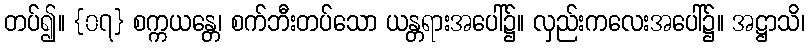
တပ်၍။ {၀၇} စက္ကယန္တေ၊ စက်ဘီးတပ်သော ယန္တရားအပေါ်၌။ လှည်းကလေးအပေါ်၌။ အဋ္ဌာသိ၊